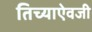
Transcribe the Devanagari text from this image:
तिच्याऐवजी